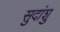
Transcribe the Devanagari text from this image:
सुदांशु